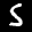
Label: 5